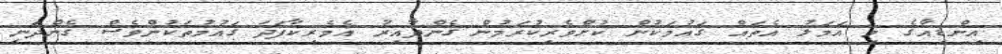
އިންޑިއާގެ މި އަމަލު އެތައް ގައުމަކުން ކުށްވެރިކުރަމުން ގެންދާއިރު އެމެރިކާފަދަ ގައުމުތަކުންވެސް ގެންދަނީ